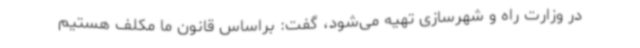
در وزارت راه و شهرسازی تهیه می‌شود، گفت: براساس قانون ما مکلف هستیم